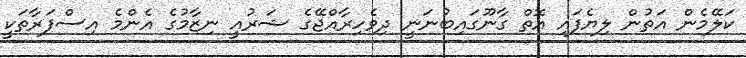
ކަލޭމެން އަތުން ލިޔެފައި އޮތް ގާނޫގައިބުނަނީ ދިވެހިރާއްޖޭގެ ޝަރުއީ ނިޒާމުގެ އެންމެ އިސްފަރާތަކީ